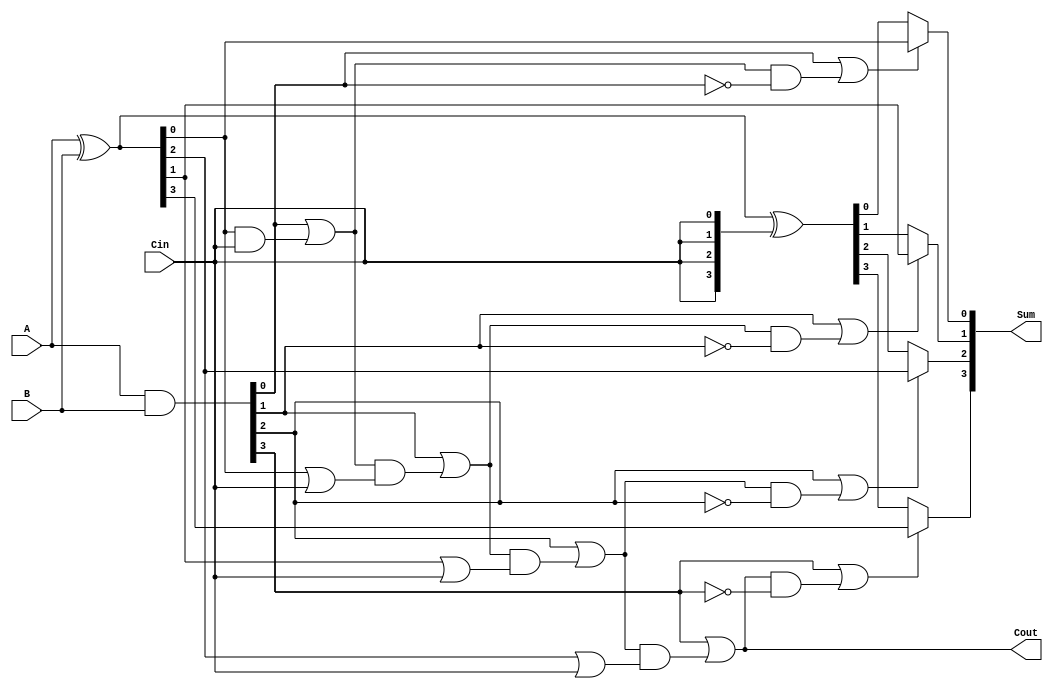
module ConditionalSumAdder #(parameter n = 4) (
    input  [n-1:0] A,      // First n-bit input
    input  [n-1:0] B,      // Second n-bit input
    input          Cin,     // Carry-in
    output [n-1:0] Sum,     // n-bit Sum output
    output         Cout      // Carry-out
);

    wire [n-1:0] S0; // Sums for carry-in = 0
    wire [n-1:0] S1; // Sums for carry-in = 1
    wire [n-1:0] C0; // Carry generated when both bits are 1
    wire [n-1:0] C1; // Carry generated from the sum when Cin is 1
    wire [n-1:0] C;  // Intermediate carry signals
    wire [n-1:0] Select; // Selection signals for the final sum output

    // Calculate partial sums S0 and S1
    assign S0 = A ^ B;          // S0[i] = A[i]  B[i] for carry-in = 0
    assign S1 = S0 ^ {n{Cin}};  // S1[i] = A[i]  B[i]  1 for carry-in = 1

    // Generate carry signals
    assign C0 = A & B;                             // C0[i] = A[i] & B[i]
    assign C1 = S0 & {n{Cin}};                     // C1[i] = (A[i]  B[i]) & Cin

    // Compute the final carry signals
    assign C[0] = C0[0] | C1[0];                    // C[0] = C0[0] | C1[0]
    genvar i;
    generate
        for (i = 1; i < n; i = i + 1) begin : carry_generation
            assign C[i] = C0[i] | (C[i-1] & (S0[i-1] | Cin));
        end
    endgenerate

    // Select the appropriate sum bits based on carry signals
    generate
        for (i = 0; i < n; i = i + 1) begin : sum_selection
            assign Select[i] = C0[i] | (C[i] & ~C0[i]);
            assign Sum[i] = Select[i] ? S0[i] : S1[i];
        end
    endgenerate

    // Final carry-out
    assign Cout = C[n-1];

endmodule